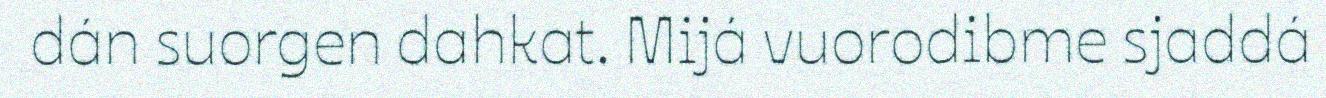
dán suorgen dahkat. Mijá vuorodibme sjaddá